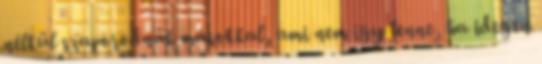
nélkül szaporodnak másokkal, ami nem így lenne, ha idegen